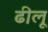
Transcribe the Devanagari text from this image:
ढीलू